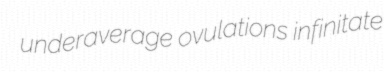
underaverage ovulations infinitate